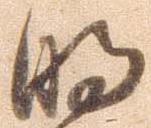
明